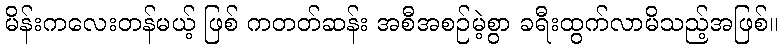
မိန်းကလေးတန်မယ့် ဖြစ် ကတတ်ဆန်း အစီအစဉ်မဲ့စွာ ခရီးထွက်လာမိသည့်အဖြစ်။